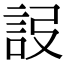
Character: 𧦮